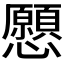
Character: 𢥧